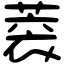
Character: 𦶧